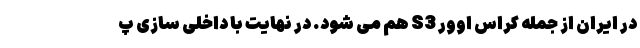
در ایران از جمله کراس اوور S3 هم می شود. در نهایت با داخلی سازی پ